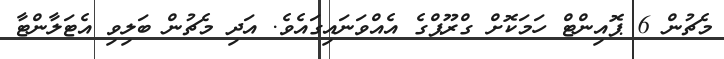
މެޗުން 6 ޕޮއިންޓް ހަމަކޮށް ގްރޫޕްގެ އެއްވަނައިގައެވެ. އަދި މެޗުން ބަލިވި އެޓަލާންޓާ